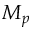
M _ { p }